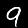
Label: 9